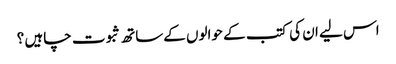
اس لیے ان کی کتب کے حوالوں کےساتھ ثبوت چاہیں ؟